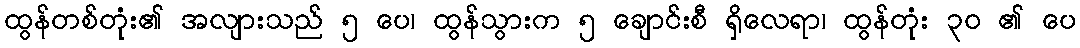
ထွန်တစ်တုံး၏ အလျားသည် ၅ ပေ၊ ထွန်သွားက ၅ ချောင်းစီ ရှိလေရာ၊ ထွန်တုံး ၃၀ ၏ ပေ